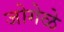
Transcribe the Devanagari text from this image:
जोगेळे